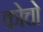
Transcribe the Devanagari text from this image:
कोचो